Report of the Hyderabad Chloroform Commission
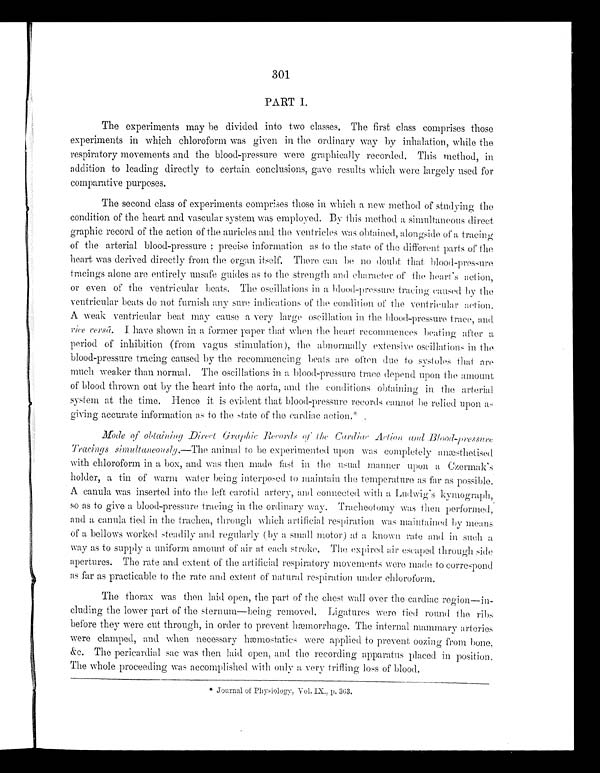
301
PART I.
The experiments may be divided into two classes, The first class comprises those
experiments in which chloroform was given in the ordinary way by inhalation, while the
respiratory movements and the blood-pressure were graphically recorded. This method, in
addition to leading directly to certain conclusions, gave results which were largely used for
comparative purposes.
The second class of experiments comprises those in which a new method of studying the
condition of the heart and vascular system was employed. By this method a simultaneous direct
graphic record of the action of the auricles and the ventricles was obtained, alongside of a tracing
of the arterial blood-pressure; precise information as to the state of the different parts of the
heart was derived directly from the organ itself. There can be no doubt that blood-pressure
tracings alone are entirely unsafh guides as to the strength and characters of the heart's action,
or even of the ventricular beats. The oscillations in a blood-pressure tracing caused by the
ventricular beats do not furnish any sure indications of the condition of the ventricular action.
A weak ventricular beat may cause a very large oscillation in the blood-pressure trace, and
vice versâ. I have shown in a former paper that when the heart recommences beating after a
period of inhibition (from vagus stimulation), the abnormally extensive oscillations in the
blood-pressure tracing caused by the recommencing beats are often due to systoles that are
much weaker than normal, The oscillations in a blood-pressure trace depend upon the amount
of blood thrown out by the heart into the aorta, and the conditions obtaining in the arterial
system at the time. Hence it is evident that blood-pressure records cannot be relied upon as
giving accurate information as to the state of the cardiac actions.*
Mode of obtaining Direct Graphic Records of the Cardiac Action and Bl ood-pressure
Tracings simultaneously.—The animal to be experimented upon was completely anæsthetised
with chloroform in a box, and was then made fast in the usual manner upon a Czermak's
holder, a tin of warm water being interposed to maintain the temperature as far as possible.
A canula was inserted into the left carotid artery, and connected with a Ludwig's kymograph,
so as to give a blood-pressure tracing in the ordinary way. Tracheotomy was then performed,
and a canula tied in the trachea, through which artificial respiration was maintained by means
of a bellows worked steadily and regularly (by a small motor) at a known rate and in such a
way as to supply a uniform amount of air at each stroke. The expired air escaped through side
apertures. The rate and extent of the artificial respiratory movements were made to correspond
as far as practicable to the rate and extent of natural respiration under chloroform.
The thorax was then laid open, the part of the chest will over the cardiac
r e g i o n — i n - c l u d i n g t h e l o w e r p a r t o f t h e s t e r n u m — b e i n g r e m o v e d . L i g a t u r e s w e r e t i e d r o u n d t h e r i b s
before they were cut through, in order to prevent hæmorrhage. The internal mammary . arteries
were clamped, and when necessary hæmostatics were applied to prevent oozing from bone,
&c. The pericardial sac was then laid open, and the recording apparatus placed in position.
The whole proceeding was accomplished with only a very trifling loss of blood.
* Journal of Physiology, Vol. IX., p. 363.